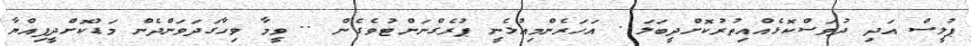
ޕުލީސް އަދި ދުވަސްކޮޅެއްއިތުރުކޮށްދީބަލަ . އަހަރެންމިއުޅެނީ ޕުރެގްނަންޓުވެގެން .. ވީމާ ވިހާގަދަވަންދެން މަޑުކޮށްދީފިއްޔާ